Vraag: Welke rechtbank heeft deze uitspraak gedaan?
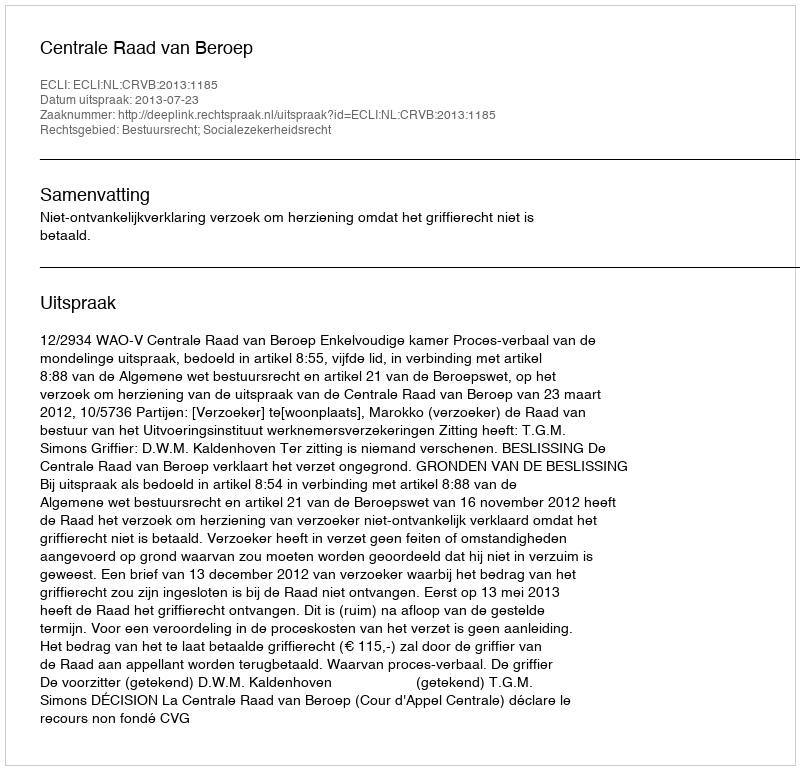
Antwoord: Centrale Raad van Beroep